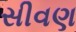
સીવણ